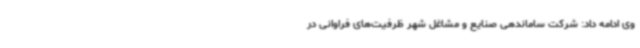
وی ادامه داد: شرکت ساماندهی صنایع و مشاغل شهر ظرفیت‌های فراوانی در